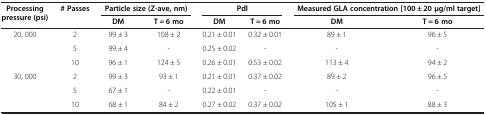
<table><thead><tr><td rowspan="2"><b>Processing pressure (psi)</b></td><td rowspan="2"><b># Passes</b></td><td colspan="2"><b>Particle size (Z-ave, nm)</b></td><td colspan="2"><b>Pdl</b></td><td colspan="2"><b>Measured GLA concentration [100 ± 20 μg/ml target]</b></td></tr><tr><td><b>DM</b></td><td><b>T = 6 mo</b></td><td><b>DM</b></td><td><b>T = 6 mo</b></td><td><b>DM</b></td><td><b>T = 6 mo</b></td></tr></thead><tbody><tr><td rowspan="3">20, 000</td><td>2</td><td>99 ± 3</td><td>108 ± 2</td><td>0.21 ± 0.01</td><td>0.32 ± 0.01</td><td>89 ± 1</td><td>96 ± 5</td></tr><tr><td>5</td><td>99 ± 4</td><td>-</td><td>0.25 ± 0.02</td><td>-</td><td>-</td><td>-</td></tr><tr><td>10</td><td>96 ± 1</td><td>124 ± 5</td><td>0.26 ± 0.01</td><td>0.53 ± 0.02</td><td>113 ± 4</td><td>94 ± 2</td></tr><tr><td rowspan="2">30, 000</td><td>2</td><td>99 ± 3</td><td>93 ± 1</td><td>0.21 ± 0.01</td><td>0.37 ± 0.02</td><td>89 ± 2</td><td>96 ± 5</td></tr><tr><td>5</td><td>67 ± 1</td><td>-</td><td>0.22 ± 0.01</td><td>-</td><td>-</td><td>-</td></tr><tr><td>[EMPTY_CELL]</td><td>10</td><td>68 ± 1</td><td>84 ± 2</td><td>0.27 ± 0.02</td><td>0.37 ± 0.02</td><td>105 ± 1</td><td>88 ± 3</td></tr></tbody></table>